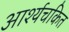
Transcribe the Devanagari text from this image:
आर्श्यचकित